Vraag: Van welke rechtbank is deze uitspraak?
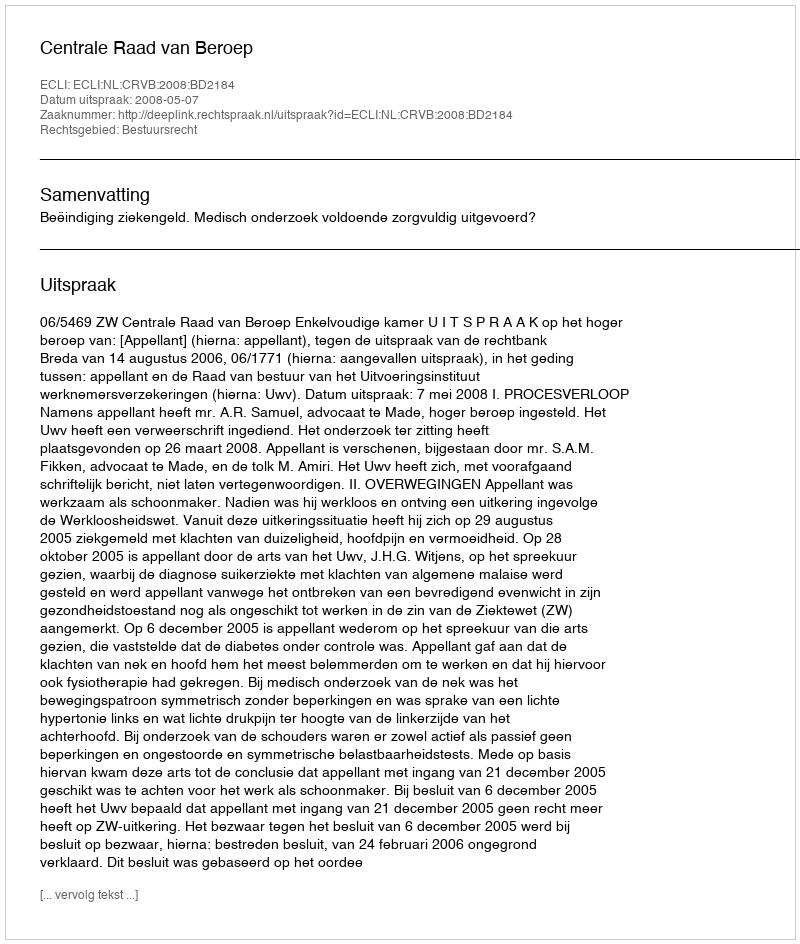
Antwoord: Centrale Raad van Beroep